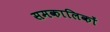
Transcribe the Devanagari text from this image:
समकालिकों